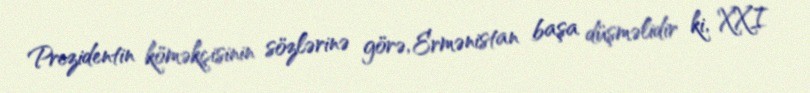
Prezidentin köməkçisinin sözlərinə görə, Ermənistan başa düşməlidir ki, XXI